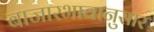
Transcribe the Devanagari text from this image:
बाजारभावानुसार